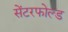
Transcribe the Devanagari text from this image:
सेंटरफोल्ड